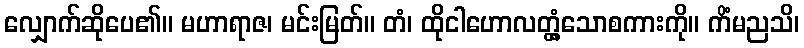
လျှောက်ဆိုပေ၏။ မဟာရာဇ၊ မင်းမြတ်။ တံ၊ ထိုငါဟောလတ္တံ့သောစကားကို။ ကိံမညသိ၊